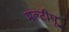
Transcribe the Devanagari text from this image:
मल्टीपू